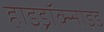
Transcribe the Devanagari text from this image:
हाइड्रॉक्साइडें